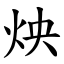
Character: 炴